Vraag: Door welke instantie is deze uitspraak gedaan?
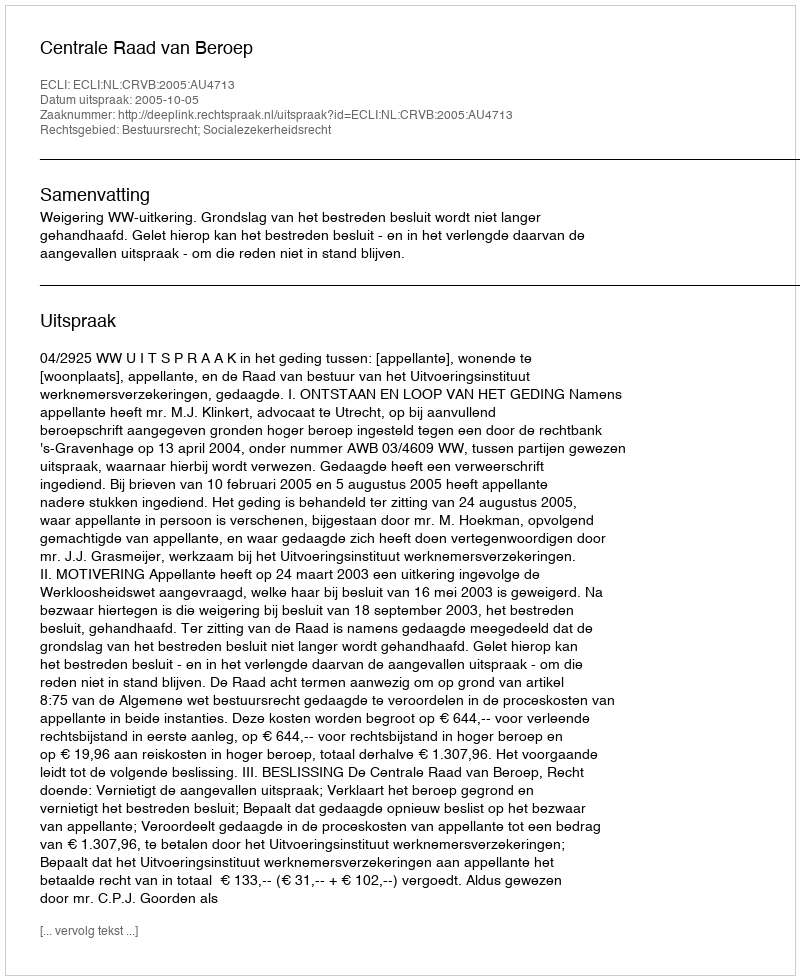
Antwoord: Centrale Raad van Beroep